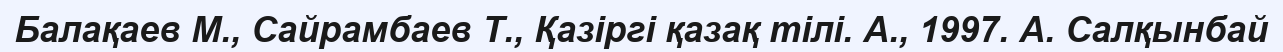
Балақаев М., Сайрамбаев Т., Қазіргі қазақ тілі. А., 1997. А. Салқынбай